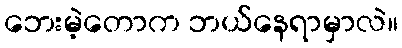
ဘေးမဲ့တောက ဘယ်နေရာမှာလဲ။